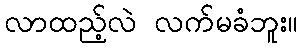
လာထည့်လဲ လက်မခံဘူး။